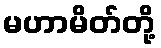
မဟာမိတ်တို့